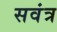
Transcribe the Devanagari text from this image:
सवंत्र